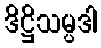
ဒိဋ္ဌိသမ္ပဒါ